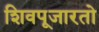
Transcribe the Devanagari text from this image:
शिवपूजारतो